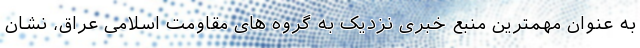
به عنوان مهمترین منبع خبری نزدیک به گروه های مقاومت اسلامی عراق، نشان